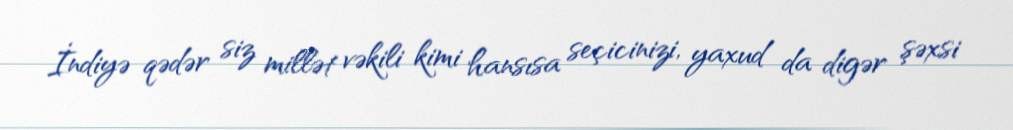
İndiyə qədər siz millət vəkili kimi hansısa seçicinizi, yaxud da digər şəxsi